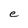
Character: e